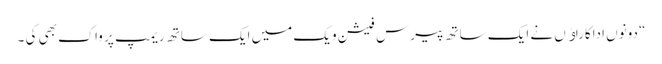
“ دونوں اداکاراﺅں نے ایک ساتھ پیرس فیشن ویک میں ایک ساتھ ریمپ پر واک بھی کی ۔